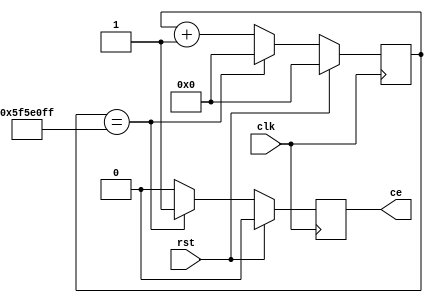
`timescale 1ns / 1ps
//////////////////////////////////////////////////////////////////////////////////
// Company: 
// Engineer: 
// 
// Design Name: 
// Module Name: CLOCK
// Project Name: 
// Target Devices: 
// Tool Versions: 
// Description: 
// 
// Dependencies: 
// 
// Revision:
// Revision 0.01 - File Created
// Additional Comments:
// 
//////////////////////////////////////////////////////////////////////////////////
 
module clk_div(
    input clk,
    input rst,
    output reg ce);
    
    reg [27:0] temp; 
    
    always @(posedge clk)
      if (rst)
       begin
        ce <= 1'b0;
        temp <= 'b0;
       end
      else if (temp == 100_000_000 - 1)
        begin
         ce<= 1'b1;
         temp <= 'b0;
        end
      else
        begin
         ce<= 1'b0;
         temp <= temp + 1'b1;
        end
endmodule